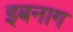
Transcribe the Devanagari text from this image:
इबनाग